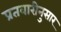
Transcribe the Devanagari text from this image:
प्रतवारीनुसार